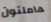
هاملتون